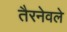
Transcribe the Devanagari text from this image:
तैरनेवले